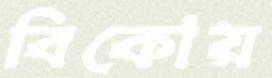
বিকোয়